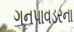
ગનપાવડરના